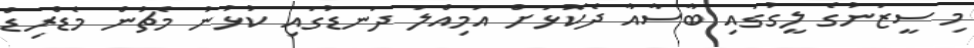
މި ސީޒަނުގެ ލީގުގައި ބާސާއާ ދެކޮޅަށް އަމިއްލަ ދަނޑުގައި ކުޅުނު މެޗުން މެޑްރިޑް